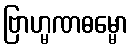
ဗြာဟ္မဏဓမ္မော